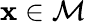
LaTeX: \mathbf x\in\mathcal M